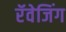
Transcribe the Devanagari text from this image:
रॅवेजिंग